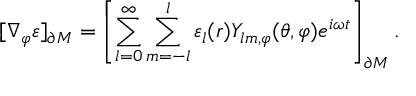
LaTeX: [ \nabla _ { \varphi } \varepsilon ] _ { \partial M } = \left[ \sum _ { l = 0 } ^ { \infty } \sum _ { m = - l } ^ { l } \varepsilon _ { l } ( r ) Y _ { l m , \varphi } ( \theta , \varphi ) e ^ { i \omega t } \right] _ { \partial M } .